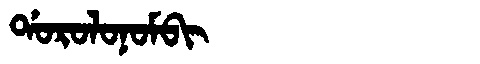
Manchu: ᡩᠣᡵᠣᠯᠣᠨᠣᠮᠪᡳ
Romanization: DOROLONOMBI